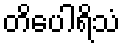
တိပေါရိသံ